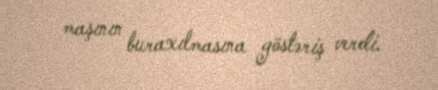
maşının buraxılmasına göstəriş verdi.